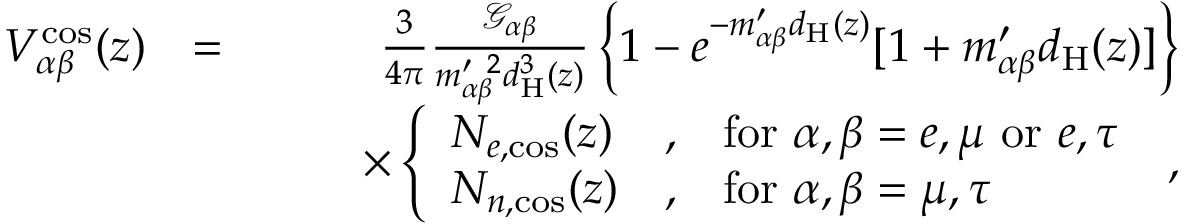
\begin{array} { r l r } { V _ { \alpha \beta } ^ { \mathrm { c o s } } ( z ) } & { = } & { \frac { 3 } { 4 \pi } \frac { \mathcal { G } _ { \alpha \beta } } { m _ { \alpha \beta } ^ { \prime ~ 2 } d _ { \mathrm { H } } ^ { 3 } ( z ) } \left\{ 1 - e ^ { - m _ { \alpha \beta } ^ { \prime } d _ { \mathrm { H } } ( z ) } [ 1 + m _ { \alpha \beta } ^ { \prime } d _ { \mathrm { H } } ( z ) ] \right\} } \\ & { } & { \qquad \times \left\{ \begin{array} { l l l } { N _ { e , \mathrm { c o s } } ( z ) } & { , } & { \mathrm { f o r } ~ \alpha , \beta = e , \mu ~ \mathrm { o r } ~ e , \tau } \\ { N _ { n , \mathrm { c o s } } ( z ) } & { , } & { \mathrm { f o r } ~ \alpha , \beta = \mu , \tau } \end{array} \right. \; , } \end{array}